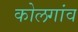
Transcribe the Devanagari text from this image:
कोलगांव